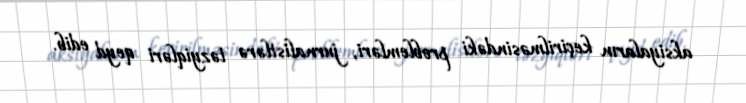
aksiyaların keçirilməsindəki problemləri, jurnalistlərə təzyiqləri qeyd edib.